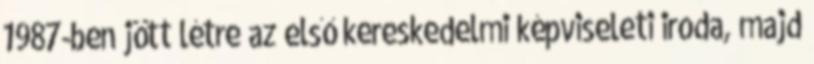
1987-ben jött létre az első kereskedelmi képviseleti iroda, majd